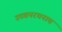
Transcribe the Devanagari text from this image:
उपवनरचनाच